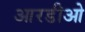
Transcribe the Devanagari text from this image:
आरडीओ